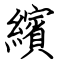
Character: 繽